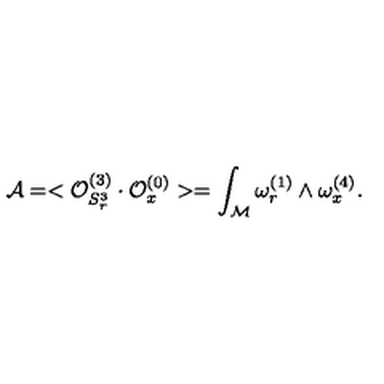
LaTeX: { \cal A } = < { \cal O } _ { S _ { r } ^ { 3 } } ^ { ( 3 ) } \cdot { \cal O } _ { x } ^ { ( 0 ) } > = \int _ { \cal M } \omega _ { r } ^ { ( 1 ) } \wedge \omega _ { x } ^ { ( 4 ) } .